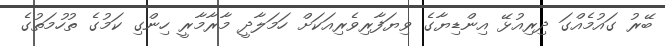
ބޭރު ގައުމެއްގަ ދިރިއުޅޭ އިންޑިޔާގެ ވިޔަފާރިވެރިއަކަށް ހަމަލާދީ މާރާމާރީ ހިންގި ކަމުގެ ތުހުމަތުގެ